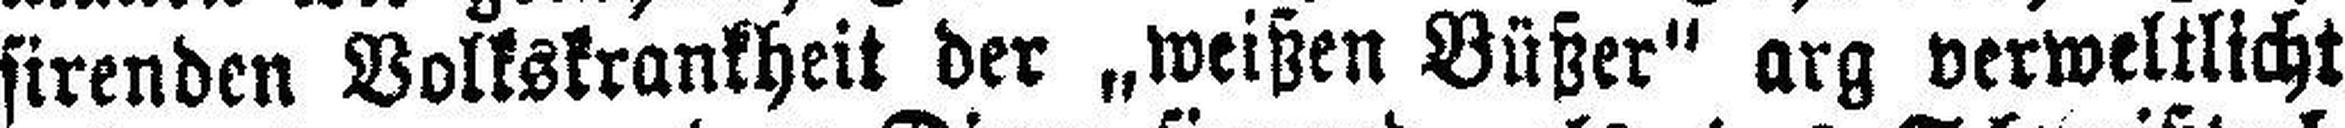
sirenden Volkskrankheit der „weißen Büßer“ arg verweltlicht